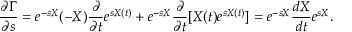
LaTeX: { \frac { \partial \Gamma } { \partial s } } = e ^ { - s X } ( - X ) { \frac { \partial } { \partial t } } e ^ { s X ( t ) } + e ^ { - s X } { \frac { \partial } { \partial t } } [ X ( t ) e ^ { s X ( t ) } ] = e ^ { - s X } { \frac { d X } { d t } } e ^ { s X } .